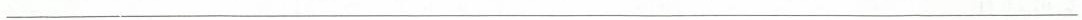
___